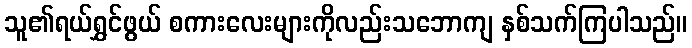
သူ၏ရယ်ရွှင်ဖွယ် စကားလေးများကိုလည်းသဘောကျ နှစ်သက်ကြပါသည်။